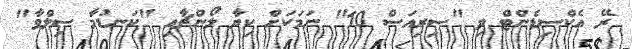
ރޭ އެކްސިޑެންޓް ވި "ސިރިއަސް 10" ނަމަކަށް ކިޔާ ލޯންޗާއި "ކަނޑުމާ ސިލްވާ"